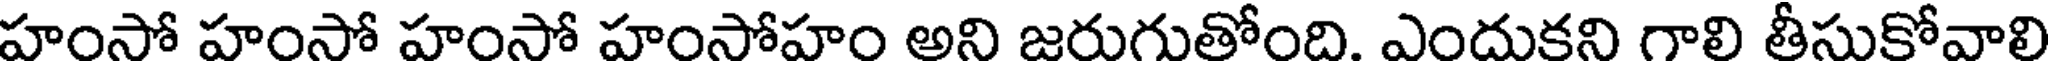
హంసో హంసో హంసో హంసోహం అని జరుగుతోంది. ఎందుకని గాలి తీసుకోవాలి